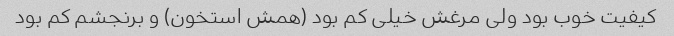
کیفیت خوب بود ولی مرغش خیلی کم بود (همش استخون) و برنجشم کم بود